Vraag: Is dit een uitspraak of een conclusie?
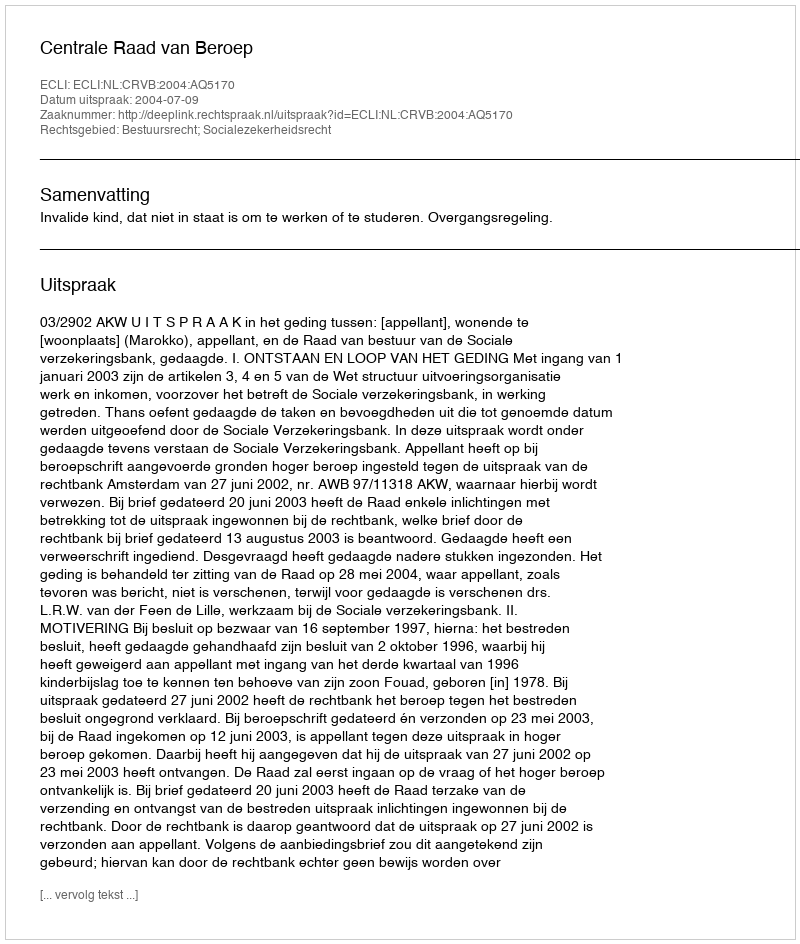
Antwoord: Uitspraak